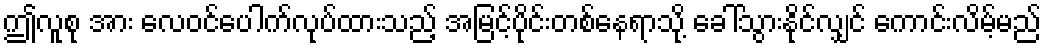
ဤလူစု အား လေဝင်ပေါက်လုပ်ထားသည့် အမြင့်ပိုင်းတစ်နေရာသို့ ခေါ်သွားနိုင်လျှင် ကောင်းလိမ့်မည်